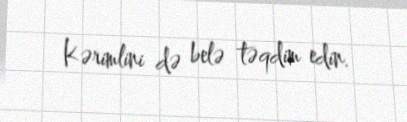
Kərimlini də belə təqdim edin.